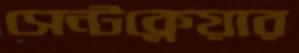
সেন্টক্লেয়ার